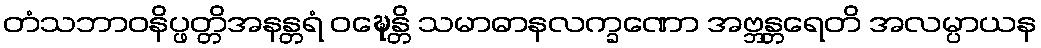
တံသဘာဝနိပ္ဖတ္တိအနန္တရံ ဝဍ္ဎေန္တိ သမာဓာနလက္ခဏော အဗ္ဘန္တရေတိ အလမ္ပာယန